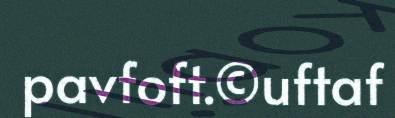
pavfoft.©uftaf